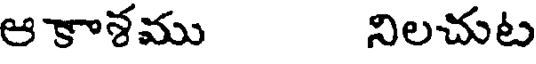
ఆకాశము నిలచుట